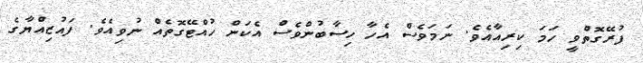
ފުރޭގޮތްވީ ހަމަ ކިރިއާއެެވެ. ނަމަވެސް އެހާ ހިސާބުންވެސް އެކަން ހުއްޓޭގޮތެއް ނުވިއެވެ. ފައުޒިއްޔާގެ